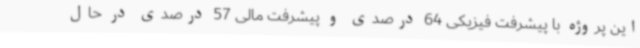
این پروژه با پیشرفت فیزیکی 64 درصدی و پیشرفت مالی 57 درصدی در حال